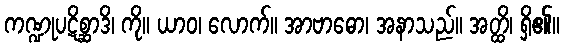
ကဏ္ဍုပဋိစ္ဆာဒိ၊ ကို။ ယာဝ၊ လောက်။ အာဗာဓော၊ အနာသည်။ အတ္ထိ၊ ရှိ၏။